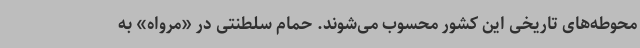
محوطه‌های تاریخی این کشور محسوب می‌شوند. حمام سلطنتی در «مرواه» به